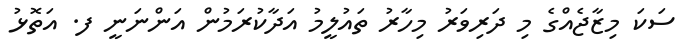
ސަކަ މިޒާޖެއްގެ މި ދަރިވަރު މިހާރު ތައުލީމު އަދާކުރަމުން އަންނަނީ ފ. އަތޮޅު